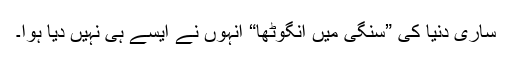
ساری دنیا کی ”سنگی میں انگوٹھا“ انہوں نے ایسے ہی نہیں دیا ہوا۔